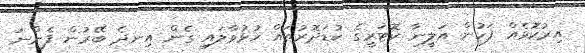
އިރުކޮޅެއް ފަހުން އަލީނާ ކޮޓަރީގެ ކުޑަދޮރުތައް ހުޅުވާލައި ގެން އިނދެ ބޭރުން ފެންނަ